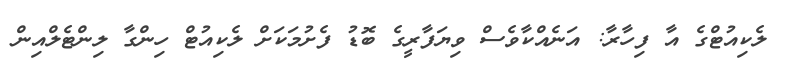
ލެކިއުޓްގެ އާ ފިހާރާ: އަނެއްކާވެސް ވިޔަފާރީގެ ބޮޑު ފެށުމަކަށް ލެކިއުޓް ހިންގާ ލިންޓެލްއިން